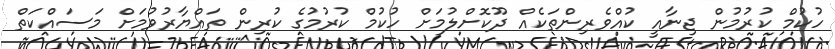
ހުކުމް ކުރުމުން ޖިނާއީ ކުއްވެރިންތަކެއްް ދޫކޮށްލުމަށް ހުކުމް ކުރުމުގެ ކުރިން ތައްޔާރުވުމަށް މަސައްކަތް